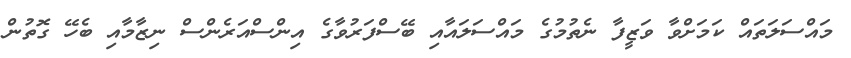
މައްސަލަތައް ކަމަށްވާ ވަޒީފާ ނެތުމުގެ މައްސަލައާއި ބޭސްފަރުވާގެ އިންސްއަރެންސް ނިޒާމާއި ބެހޭ ގޮތުން